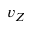
v _ { Z }